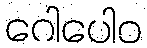
ဂေါပေါဝ